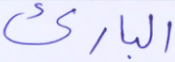
البارئ